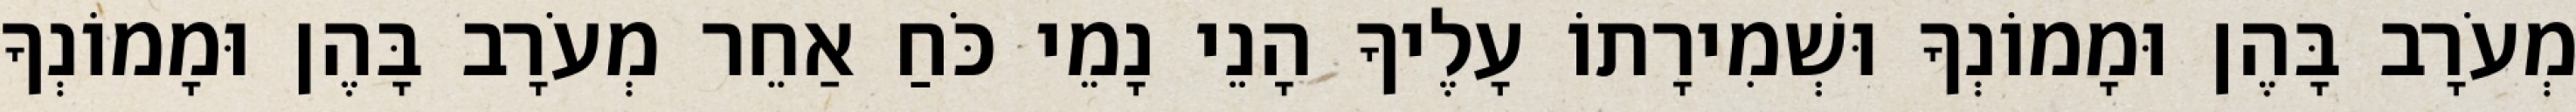
מְעֹרָב בָּהֶן וּמָמוֹנְךָ וּשְׁמִירָתוֹ עָלֶיךָ הָנֵי נָמֵי כֹּחַ אַחֵר מְעֹרָב בָּהֶן וּמָמוֹנְךָ